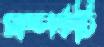
সম্পর্কটি